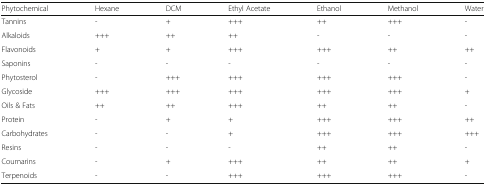
<table><thead><tr><td><b>Phytochemical</b></td><td><b>Hexane</b></td><td><b>DCM</b></td><td><b>Ethyl Acetate</b></td><td><b>Ethanol</b></td><td><b>Methanol</b></td><td><b>Water</b></td></tr></thead><tbody><tr><td>Tannins</td><td>-</td><td>+</td><td>+++</td><td>++</td><td>+++</td><td>-</td></tr><tr><td>Alkaloids</td><td>+++</td><td>++</td><td>++</td><td>-</td><td>-</td><td>-</td></tr><tr><td>Flavonoids</td><td>+</td><td>+</td><td>+++</td><td>+++</td><td>++</td><td>++</td></tr><tr><td>Saponins</td><td>-</td><td>-</td><td>-</td><td>-</td><td>-</td><td>-</td></tr><tr><td>Phytosterol</td><td>-</td><td>+++</td><td>+++</td><td>+++</td><td>+++</td><td>-</td></tr><tr><td>Glycoside</td><td>+++</td><td>+++</td><td>+++</td><td>+++</td><td>+++</td><td>+</td></tr><tr><td>Oils &amp; Fats</td><td>++</td><td>++</td><td>+++</td><td>++</td><td>++</td><td>-</td></tr><tr><td>Protein</td><td>-</td><td>+</td><td>+</td><td>+++</td><td>+++</td><td>++</td></tr><tr><td>Carbohydrates</td><td>-</td><td>-</td><td>+</td><td>+++</td><td>+++</td><td>+++</td></tr><tr><td>Resins</td><td>-</td><td>-</td><td>-</td><td>++</td><td>++</td><td>-</td></tr><tr><td>Coumarins</td><td>-</td><td>+</td><td>+++</td><td>++</td><td>++</td><td>+</td></tr><tr><td>Terpenoids</td><td>-</td><td>-</td><td>+++</td><td>+++</td><td>+++</td><td>-</td></tr></tbody></table>